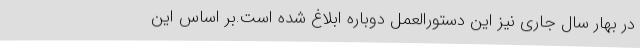
در بهار سال جاری نیز این دستورالعمل دوباره ابلاغ شده است.بر اساس این